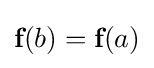
{\textbf {f}}(b)={\textbf {f}}(a)